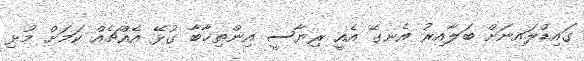
ގައިޑްލައިނަށް ބަލާއިރު އެނގޭ އެއީ ރިޔާސީ އިންތިޚާބާ ގުޅޭ އެއްޗެއް ކަމަށް މުޅި